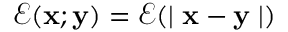
\mathcal { E } ( \mathbf { x } ; \mathbf { y } ) = \mathcal { E } ( \mid \mathbf { x } - \mathbf { y } \mid )